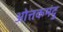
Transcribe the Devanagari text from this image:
ओत्तकमंदु